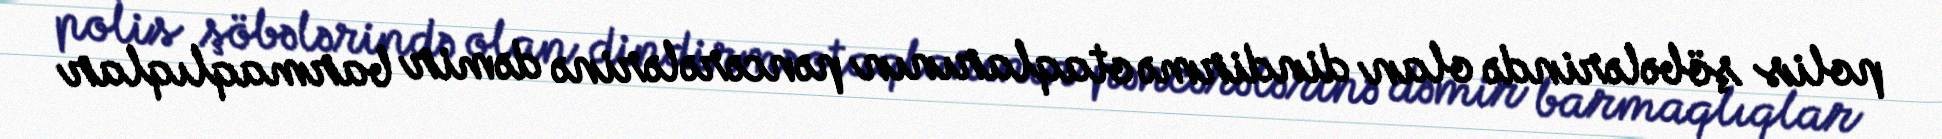
polis şöbələrində olan dindirmə otaqlarının pəncərələrinə dəmir barmaqlıqlar